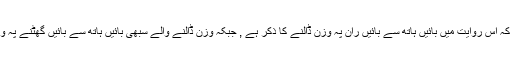
اور دوسری بات یہ ہے کہ اس روایت میں بائیں ہاتھ سے بائیں ران پہ وزن ڈالنے کا ذکر ہے , جبکہ وزن ڈالنے والے سبھی بائیں ہاتھ سے بائیں گھٹنے پہ وزن ڈال رہے ہوتے ہیں!